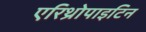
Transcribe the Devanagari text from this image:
एरिथ्रोपाइटिन